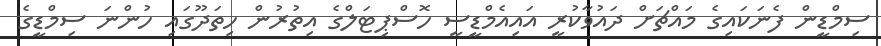
ސިމްޑީން ފެނަކައިގެ މައްޗަށް ދައުވާކުރީ އައިއެމްޑީސީ ހޮސްޕިޓަލްގެ އިތުރުން ހިތަދޫގައި ހުންނަ ސިމްޑީގެ